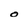
Character: O